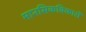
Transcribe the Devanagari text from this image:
मानसिकविकारों